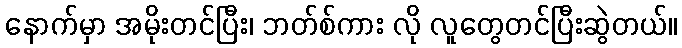
နောက်မှာ အမိုးတင်ပြီး၊ ဘတ်စ်ကား လို လူတွေတင်ပြီးဆွဲတယ်။